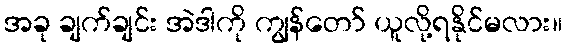
အခု ချက်ချင်း အဲဒါကို ကျွန်တော် ယူလို့ရနိုင်မလား။